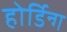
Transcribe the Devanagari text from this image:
होर्डिन्ग